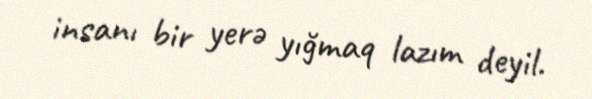
insanı bir yerə yığmaq lazım deyil.